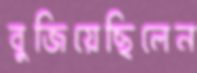
বুজিয়েছিলেন